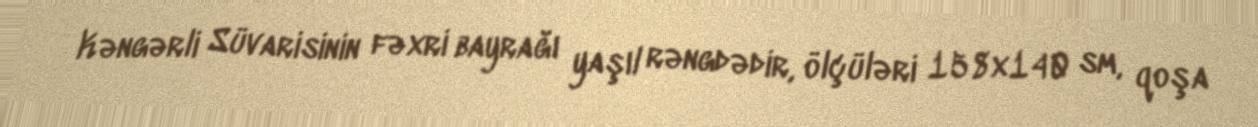
Kəngərli Süvarisinin fəxri bayrağı yaşıl rəngdədir, ölçüləri 158x140 sm, qoşa